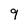
Character: 9